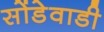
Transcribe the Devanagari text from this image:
सोंडेवाडी